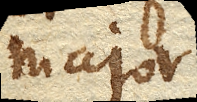
major.